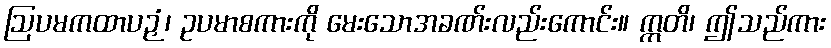
ဩပမကထာပဉှံ၊ ဥပမာစကားကို မေးသောအခဏ်းလည်းကောင်း။ ဣတိ၊ ဤသည်ကား